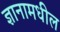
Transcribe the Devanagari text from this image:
ज्ञानामधील